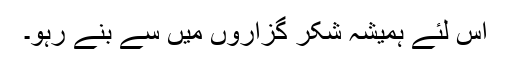
اس لئے ہمیشہ شکر گزاروں میں سے بنے رہو۔